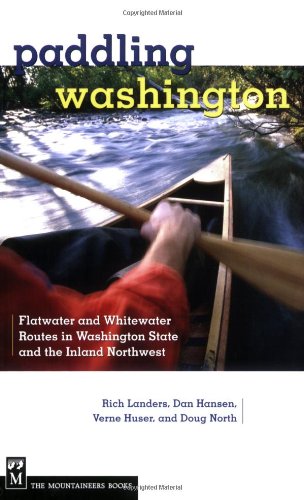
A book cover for Paddling Washington: 100 Flatwater and Whitewater Routes in Washington State and the Inland Northwest; Rich Landers; Sports & Outdoors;